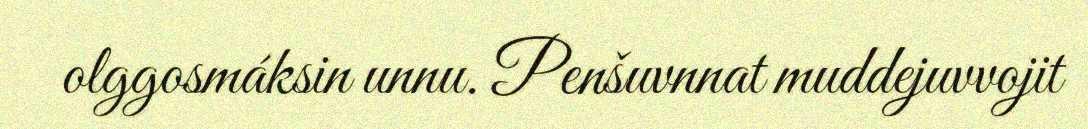
olggosmáksin unnu. Penšuvnnat muddejuvvojit